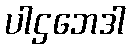
ပါဌဘေဒါ